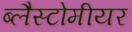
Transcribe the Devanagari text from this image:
ब्लैस्टोमीयर